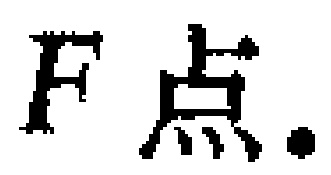
F点.